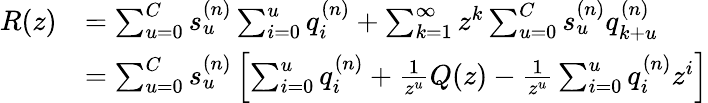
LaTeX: \begin{array}{rl}{R(z)}&{=\sum_{u=0}^{C}s_{u}^{(n)}\sum_{i=0}^{u}q_{i}^{(n)}+\sum_{k=1}^{\infty}z^{k}\sum_{u=0}^{C}s_{u}^{(n)}q_{k+u}^{(n)}}\\ &{=\sum_{u=0}^{C}s_{u}^{(n)}\left[\sum_{i=0}^{u}q_{i}^{(n)}+\frac{1}{z^{u}}Q(z)-\frac{1}{z^{u}}\sum_{i=0}^{u}q_{i}^{(n)}z^{i}\right]}\end{array}